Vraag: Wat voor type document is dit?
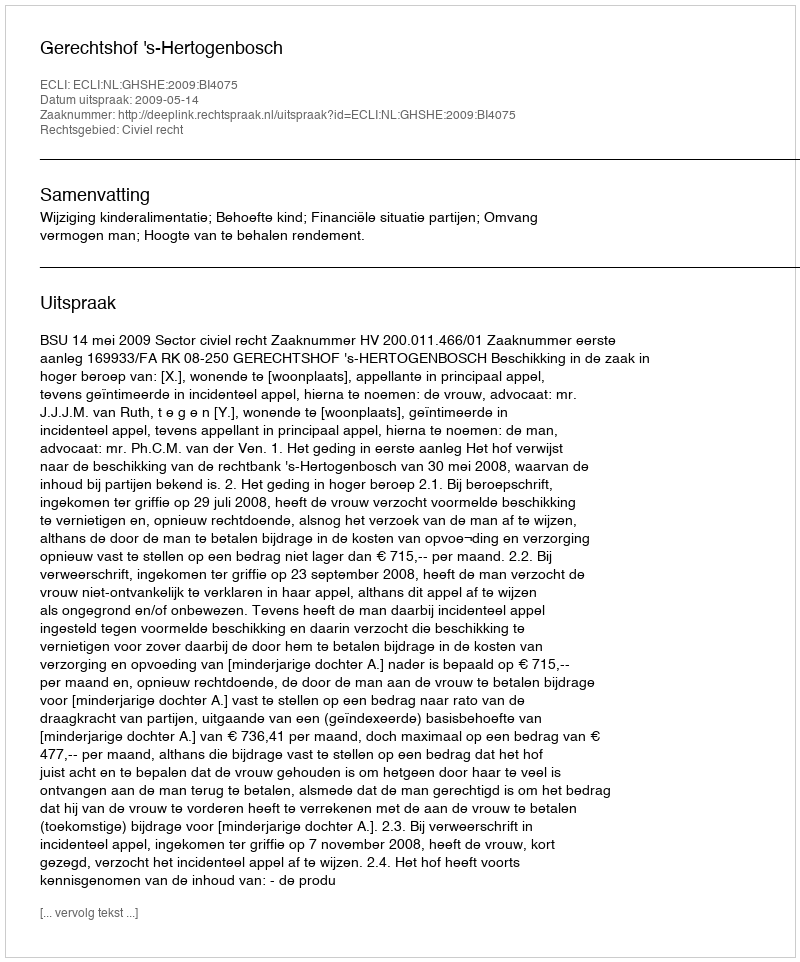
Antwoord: Uitspraak